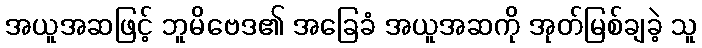
အယူအဆဖြင့် ဘူမိဗေဒ၏ အခြေခံ အယူအဆကို အုတ်မြစ်ချခဲ့ သူ